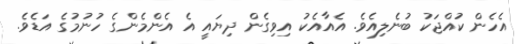
އެހެން ކުއްޖަކު ބުނެލިއެވެ. އެއާއެކު އިވިގެން ދިޔައީ އެ އެންމެންގެ ހުނުމުގެ އަޑެވެ.